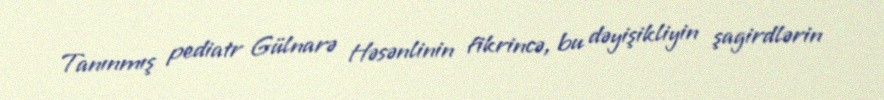
Tanınmış pediatr Gülnarə Həsənlinin fikrincə, bu dəyişikliyin şagirdlərin